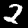
Label: 2